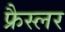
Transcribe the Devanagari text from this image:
फ्रैस्लर